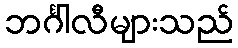
ဘင်္ဂါလီများသည်